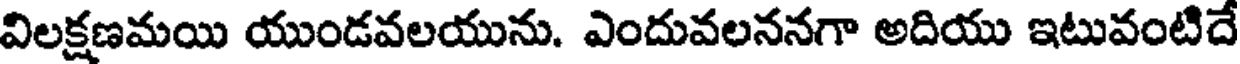
విలక్షణమయి యుండవలయును. ఎందువలననగా అదియు ఇటువంటిదే